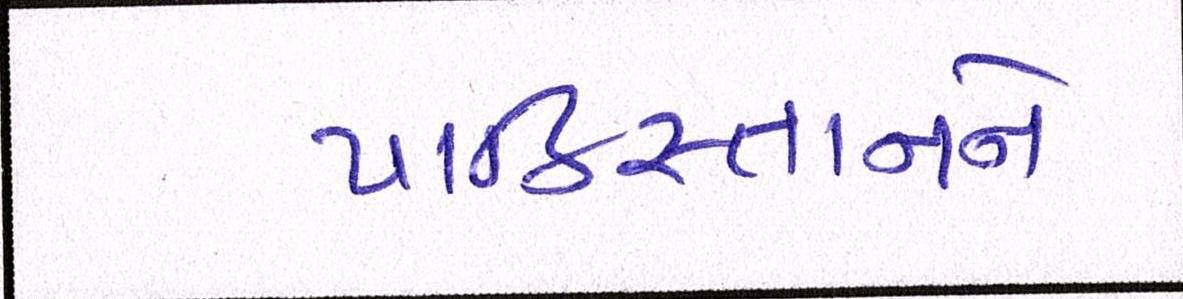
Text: પાકિસ્તાનને